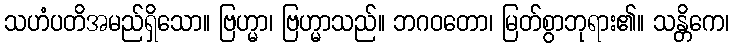
သဟံပတိအမည်ရှိသော။ ဗြဟ္မာ၊ ဗြဟ္မာသည်။ ဘဂဝတော၊ မြတ်စွာဘုရား၏။ သန္တိကေ၊